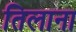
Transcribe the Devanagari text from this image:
तिलाना